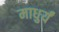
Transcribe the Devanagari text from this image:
माधुर्यं